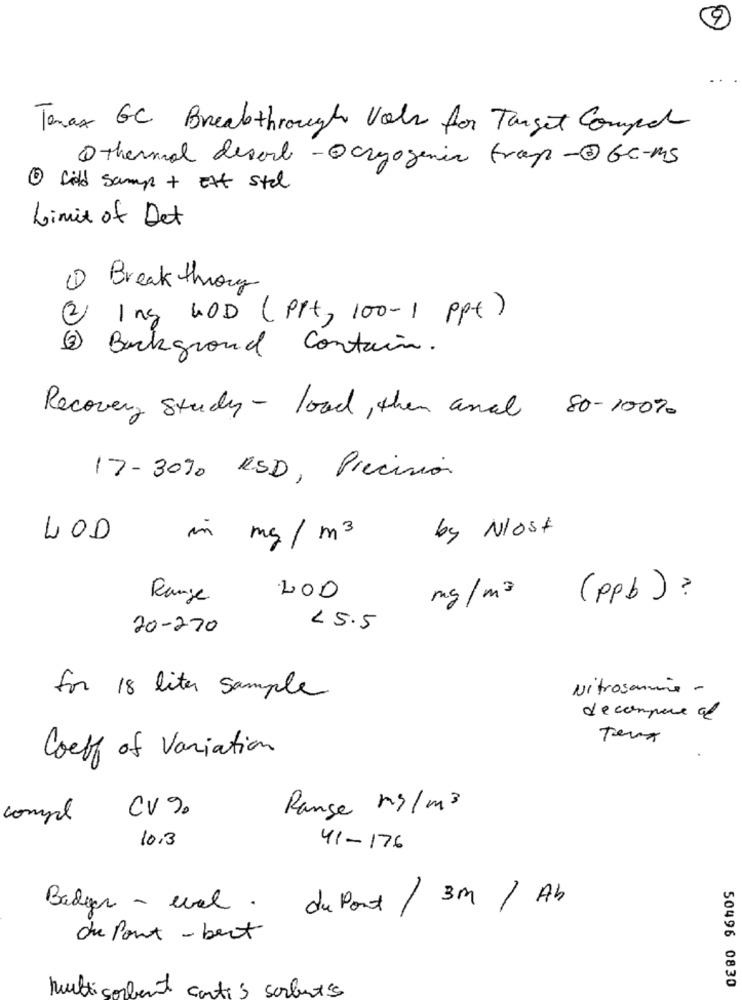
Tomax GC Breakthrough Volu for Target Compact
Othermal desarl -Ocryogenic trap -@Gc-ms
1 Sild Samp + Ett stal
Limit of Det
1) Break throug
2 Ing GOD (Ppt, 100-1 ppt)
3 Background Contain.
Recovery study - load, then and 80-100%
17- 30%0 RSD, Precision
by Nlost
LOD
in mg/ m3
Range
mg/m3 (ppb ) ?
20-270
< 5.5
Nitrosamme -
for 18 liter sample
decompare of
Coeff of Variation
Range mg/m3
compl
CV 9.
10.3
41-176
Badgas - eval .
dupont / 3m / Ab
du Pont - bert
50496 0830
Multicorbent cartes sorbent's